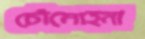
চৌমোহনা